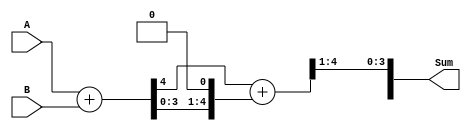
module carry_select_lookahead_adder(
    input [3:0] A,
    input [3:0] B,
    output [4:0] Sum
);

// Carry-select adder
wire [4:0] c_in;
wire [4:0] p, g, c_out;

assign c_in[0] = 1'b0;
assign {p[3:0], g[3:0]} = A + B;
assign {p[4], g[4]} = 0;

// Generate carry signals
genvar i;
generate
    for (i = 1; i <= 4; i = i+1) begin : generate_carry
        assign c_in[i] = g[i-1] | (p[i-1] & c_in[i-1]);
    end
endgenerate

 // Look-ahead logic
assign c_out[0] = c_in[4] | (p[4] & c_in[3]);
assign {Sum[3:0], c_out[4]} = p + c_in;

endmodule